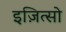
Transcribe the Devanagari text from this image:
इज़ित्सो